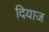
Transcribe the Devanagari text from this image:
दियाज